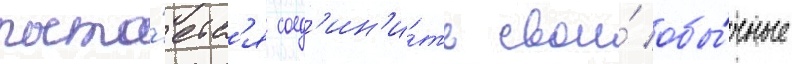
пыта́етс'я соед'ин'и́ть свои́ обы́чные